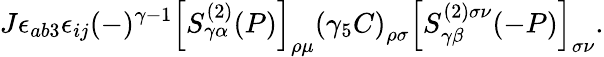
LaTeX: J\epsilon_{ab3}\epsilon_{ij}(-)^{\gamma-1}\left[S_{\gamma\alpha}^{(2)}(P)\right]_{\rho\mu}\left(\gamma_{5}C\right)_{\rho\sigma}\left[S_{\gamma\beta}^{(2)\sigma\nu}(-P)\right]_{\sigma\nu}.